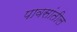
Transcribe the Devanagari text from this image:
पावसांतील